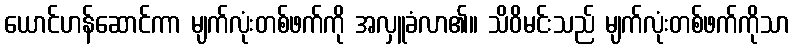
ယောင်ဟန်ဆောင်ကာ မျက်လုံးတစ်ဖက်ကို အလှူခံလာ၏။ သိဝိမင်းသည် မျက်လုံးတစ်ဖက်ကိုသာ